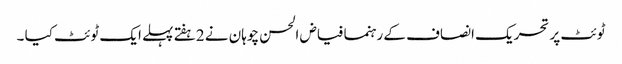
ٹوئٹ پر تحریک انصاف کے رہنما فیاض الحسن چوہان نے 2ہفتے پہلے ایک ٹوئٹ کیا ۔